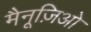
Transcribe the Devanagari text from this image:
मैनूज़िओ